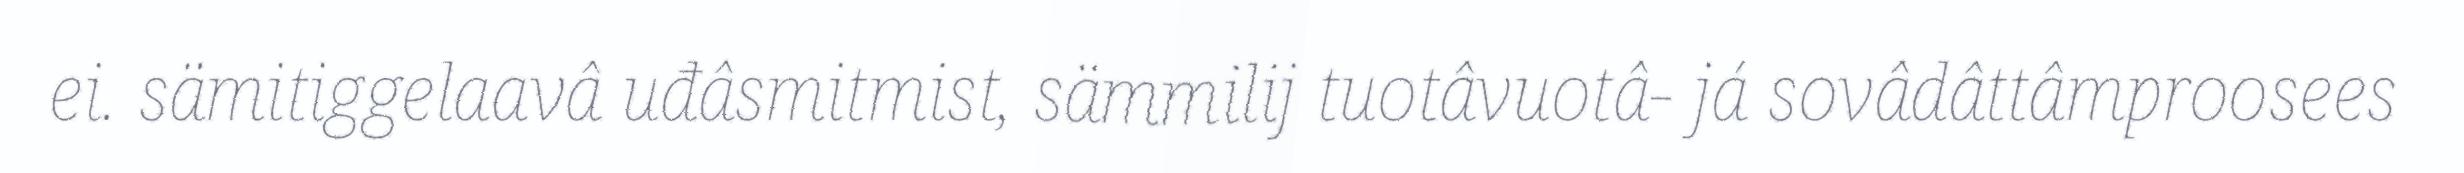
ei. sämitiggelaavâ uđâsmitmist, sämmilij tuotâvuotâ- já sovâdâttâmproosees